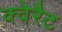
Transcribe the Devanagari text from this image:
क्वेरैट